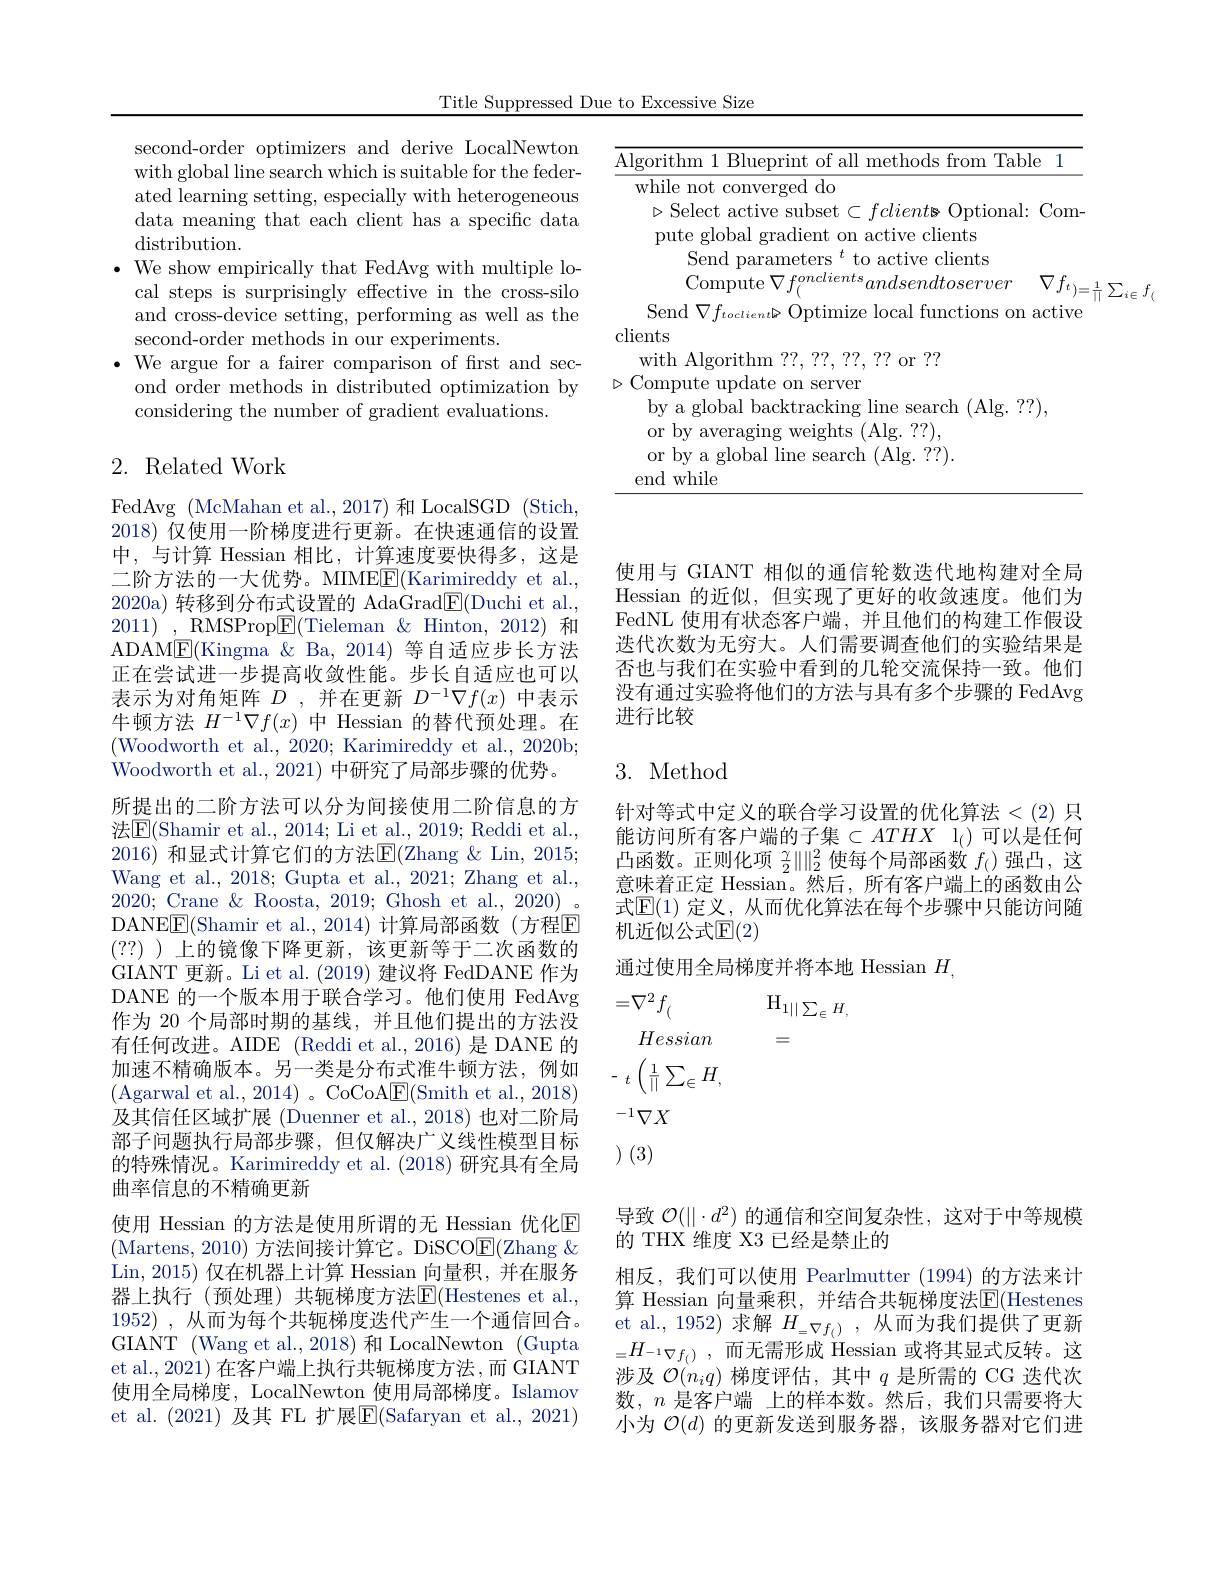
Title Suppressed Due to Excessive Size

<table>
	<tbody>
		<tr>
			<td> </td>
			<td>rithm | Rlue from Table 1 71 $f_{\mathrm{a}}||$ methods $\therefore \angle AC= \angle AC= \angle AC= \angle AC= \angle AC= \angle AC= \angle AC= \angle AC= \angle AC= \angle AC= \angle AC= \angle AC= \angle AC= \angle AC= \angle AC= \angle AC= \angle AC= \angle AC= \angle AC= \angle AC= \angle AC= \angle AC= \angle AC= \angle AC= \angle AC$TodTodTodTodTodTodTodTodTodTodTodTodTodTodTodTodTodTodTodTod</td>
		</tr>
	</tbody>
</table>

second-order optimizers and derive LocalNewton with global line search which is suitable for the federated learning setting, especially with heterogeneous data meaning that each client has a specific data distribution.
$\bullet$ We show empirically that FedAvg with multiple lo-
cal steps is surprisingly effective in the cross-silo and cross-device setting, performing as well as the second-order methods in our experiments.
$\bullet$ We argue for a fairer comparison of frst and sec-
ond order methods in distributed optimization by
considering the number of gradient evaluations.

## 2. Related Work

FedAvg (McMahan et al., 2017) 和 LocalSGD (Stich, 2018) 仅使用一阶梯度进行更新。在快速通信的设置中，与计算 Hessian 相比，计算速度要快得多，这是二阶方法的一大优势。MIME$\underline{\mathrm{E}}($Karimireddy et al., 2020a) 转移到分布式设置的 AdaGrad$\boxed{\mathrm{F}}($Duchi et al., $2011)~,~$RMSProp$\boxed{\mathrm{E}}($Tieleman$\&$Hinton,2012)和ADAM$\underline{\mathrm{E}}($Kingma &Ba, 2014) 等自适应步长方法正在尝试进一步提高收敛性能。步长自适应也可以表示为对角矩阵$D$,并在更新$D^-1\nabla f(x)$中表示牛顿方法$H^{-1}\nabla f(x)$中 Hessian 的替代预处理。在(Woodworth et al., 2020; Karimireddy et al., 2020b; Woodworth et al., 2021) 中研究了局部步骤的优势。
所提出的二阶方法可以分为间接使用二阶信息的方法$\boxed{\mathrm{E}}($Shamir et al., 2014; Li et al., 2019; Reddi et al., 2016) 和显式计算它们的方法$\underline{\mathrm{E}}($Zhang &Lin, 2015; Wang et al., 2018; Gupta et al., 2021; Zhang et al., 2020; Crane & Roosta, 2019; Ghosh et al., 2020) 。DANE$\underline{\mathrm{F}}($Shamir et al., 2014) 计算局部函数(方程$\underline{\mathrm{F}}$ (??) )上的镜像下降更新，该更新等于二次函数的GIANT 更新。Li et al. (2019)建议将 FedDANE 作为DANE 的一个版本用于联合学习。他们使用 FedAvg 作为 20 个局部时期的基线，并且他们提出的方法没有任何改进。AIDE (Reddi et al.,2016) 是 DANE 的加速不精确版本。另一类是分布式准牛顿方法，例如及其信任区域扩展 (Duenner et al., 2018) 也对二阶局部子问题执行局部步骤，但仅解决广义线性模型目标的特殊情况。Karimireddy et al.(2018) 研究具有全局曲率信息的不精确更新
使用 Hessian 的方法是使用所谓的无 Hessian 优化$\overline{\mathrm{E}}$ (Martens,2010)方法间接计算它。DiSCO$\underline{\mathrm{E}}($Zhang $\&$ Lin, 2015) 仅在机器上计算 Hessian 向量积，并在服务器上执行(预处理)共轭梯度方法$\operatorname{E}($Hestenes et al., 1952) , 从而为每个共轭梯度迭代产生一个通信回合。GIANT (Wang et al., 2018) 和 LocalNewton (Gupta et al., 2021) 在客户端上执行共轭梯度方法，而 GIANT 使用全局梯度，LocalNewton 使用局部梯度。Islamov et al. (2021) 及其 FL 扩展$\overline{\mathrm{E}}($Safaryan et al., 2021)

使用与 GIANT 相似的通信轮数迭代地构建对全局Hessian 的近似，但实现了更好的收敛速度。他们为FedNL 使用有状态客户端，并且他们的构建工作假设迭代次数为无穷大。人们需要调查他们的实验结果是否也与我们在实验中看到的几轮交流保持一致。他们没有通过实验将他们的方法与具有多个步骤的 FedAvg 进行比较

## 3. Method

针对等式中定义的联合学习设置的优化算法<(2) 只能访问所有客户端的子集$\subset ATHX$ l$_{(}$ 可以是任何凸函数。正则化项$\frac\gamma2\|\|_2^2$使每个局部函数$f_()$强凸，这意味着正定 Hessian。然后，所有客户端上的函数由公式$\mathbb{E}(1)$ 定义，从而优化算法在每个步骤中只能访问随机近似公式$\mathbb{E}(2)$
通过使用全局梯度并将本地 Hessian $H$,
$$\begin{aligned}&=\nabla^{2}f_{(}&&\mathrm{H}_{1||\sum_{\in}H,}\\&Hessian&&=\\&-_{t}\left(\frac{1}{||}\sum_{\in}H,\right.\\\end{aligned}$$
$-1\nabla X$

(3)(3)

导致$\mathcal{O}(||\cdot d^2)$的通信和空间复杂性，这对于中等规模
的 THX 维度 X3 已经是禁止的
相反，我们可以使用 Pearlmutter (1994)的方法来计算 Hessian 向量乘积，并结合共轭梯度法$\operatorname{E}($Hestenes et al., 1952) 求解$H_{=\nabla f_{(})}$,从而为我们提供了更新$= H_{- 1\nabla f_{( ) }}$ ,而无需形成 Hessian 或将其显式反转。这涉及$\mathcal{O}(n_iq)$梯度评估，其中$q$是所需的 CG 迭代次数，$n$是客户端 上的样本数。然后，我们只需要将大小为$\mathcal{O}(d)$的更新发送到服务器，该服务器对它们进